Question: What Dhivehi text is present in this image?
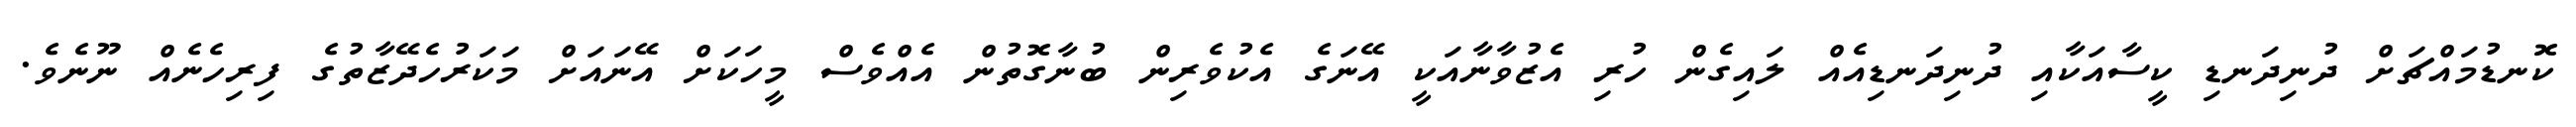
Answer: ކޮނޑުމައްޗަށް ދުނިދަނޑި ކީސާއަކާއި ދުނިދަނޑިއެއް ލައިގެން ހުރި އެޒުވާނާއަކީ އޭނަގެ އެކުވެރިން ބުނާގޮތުން އެއްވެސް މީހަކަށް އޭނައަށް މަކަރުހެދޭޒާތުގެ ފިރިހެނެއް ނޫނެވެ.